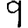
Digit: 9